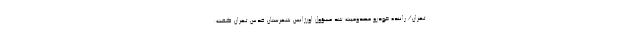
تهران/ راننده خودرو مصدومیت شد مسؤول اورژانس شهرستان قدس تهران گفت: